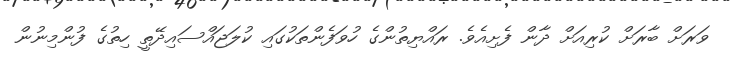
ވަރަށް ބާރަށް ކުރިއަށް ދާން ފެށިއެވެ. ރައްޔިތުންގެ ހުވަފެންތަކުގައި ކުލަޖައްސައިދޭތީ ހިތުގެ ފުންމިނުން